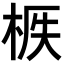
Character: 𣒟